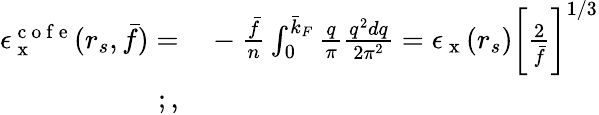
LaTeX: \begin{array}{rl}{\epsilon_{\mathrm{~x~}}^{\mathrm{~c~o~f~e~}}(r_{s},\bar{f})=}&{{}-\frac{\bar{f}}{n}\int_{0}^{\bar{k}_{F}}\frac{q}{\pi}\frac{q^{2}dq}{2\pi^{2}}=\epsilon_{\mathrm{~x~}}(r_{s})\bigg[\frac{2}{\bar{f}}\bigg]^{1/3}}\\ {;,}\end{array}